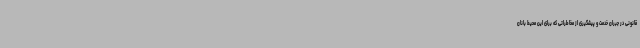
قانونی در جبران خدمت و پیشگیری از مخاطراتی که برای این محیط بانان